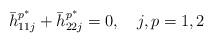
LaTeX: \begin{align*}\bar h^{p^{\ast}}_{11j}+\bar h^{p^{\ast}}_{22j}=0, \ \ \ j, p=1, 2\end{align*}